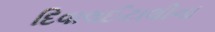
દિવાલઈટાલીના